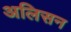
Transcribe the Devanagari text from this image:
अलिसन